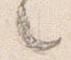
々